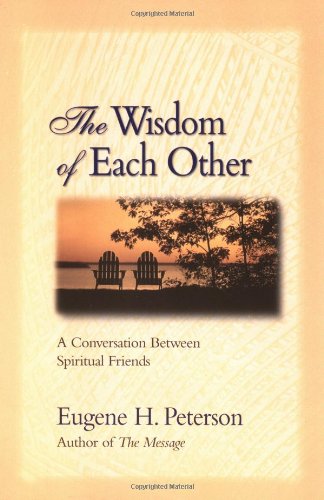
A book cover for The Wisdom of Each Other: A Conversation Between Spiritual Friends; Eugene H. Peterson; Self-Help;